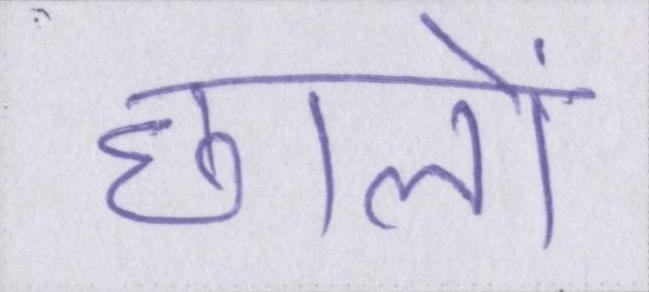
छालों